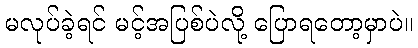
မလုပ်ခဲ့ရင် မင့်အပြစ်ပဲလို့ ပြောရတော့မှာပဲ။